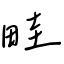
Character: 畦